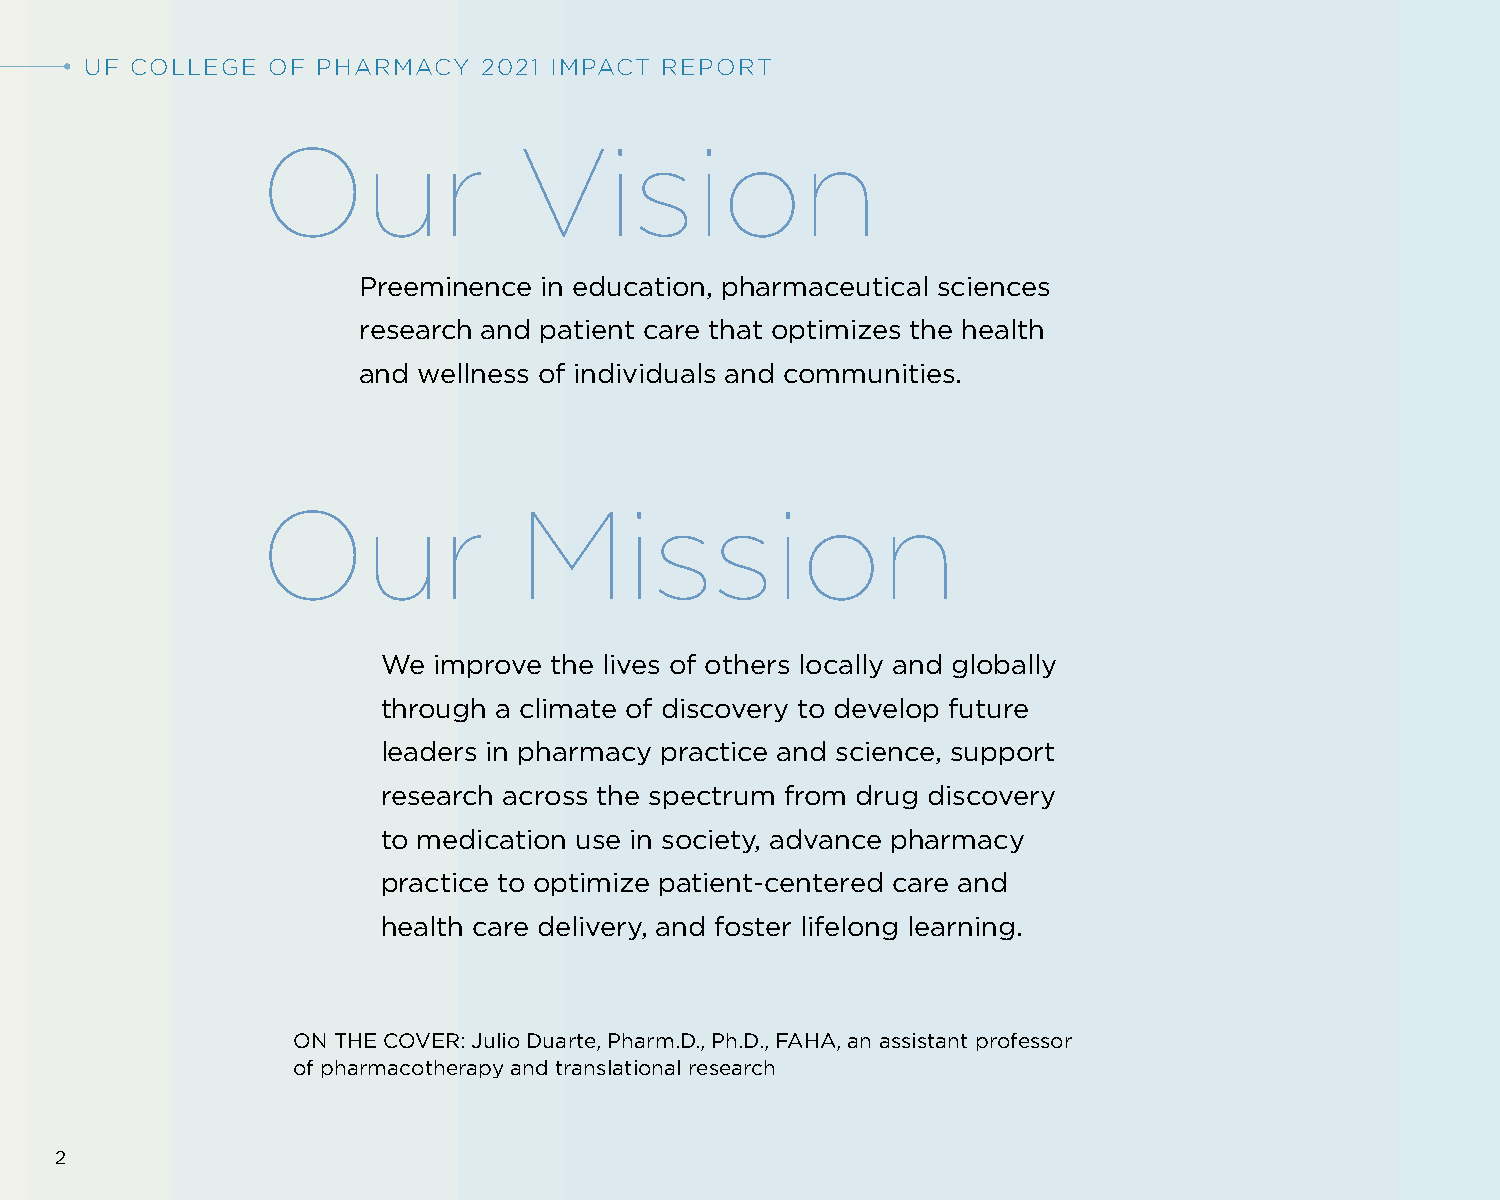
UF COLLEGE  OF PHARMACY   2021 IMPACT REPORT
 Our              Vision
 Preeminence in education, pharmaceutical sciences
 research and patient care that optimizes the health
 and wellness of individuals and communities.
 Our              Mission
 We  improve the lives of others locally and globally
 through a climate of discovery to develop future
 leaders in pharmacy practice and science, support
 research across the spectrum from drug discovery
 to medication use in society, advance pharmacy
 practice to optimize patient-centered care and
 health care delivery, and foster lifelong learning.
 ON THE COVER: Julio Duarte, Pharm.D., Ph.D., FAHA, an assistant professor
 of pharmacotherapy and translational research
 2